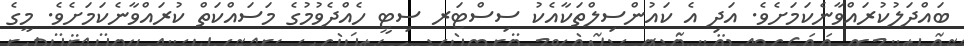
ބައްދަލުކުރައްވާނެކަމަށެވެ. އަދި އެ ކައުންސިލްތަކާއެކު ސިސްޓަރ ސިޓީ ހެއްދެވުމުގެ މަސައްކަތް ކުރައްވާނެކަމަށެވެ. މީގެ